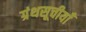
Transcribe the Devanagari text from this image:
ग्रंथसूचीयाँ